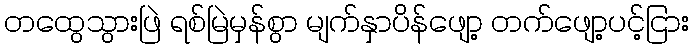
တထွေသွားဖြဲ ရစ်မြဲမှန်စွာ မျက်နှာပိန်ဖျော့ တက်ဖျော့ပင့်ငြား